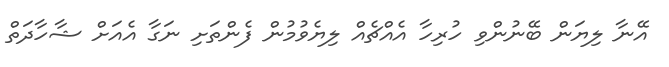
އޭނާ ލިޔަން ބޭނުންވި ހުރިހާ އެއްޗެއް ލިޔެވުމުން ފެންތަށި ނަގާ އެއަށް ޝާހާދަތް